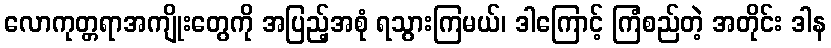
လောကုတ္တရာအကျိုးတွေကို အပြည့်အစုံ ရသွားကြမယ်၊ ဒါကြောင့် ကြံစည်တဲ့ အတိုင်း ဒါန